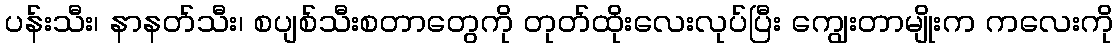
ပန်းသီး၊ နာနတ်သီး၊ စပျစ်သီးစတာတွေကို တုတ်ထိုးလေးလုပ်ပြီး ကျွေးတာမျိုးက ကလေးကို